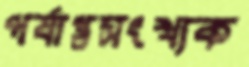
পর্যাপ্তসংখ্যক